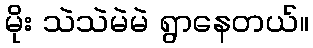
မိုး သဲသဲမဲမဲ ရွာနေတယ်။